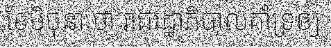
ខែមិថុនា ថា រាជរដ្ឋាភិបាលគាំទ្រឲ្យ